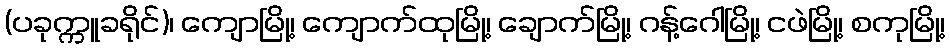
(ပခုက္ကူခရိုင်)၊ ကျောမြို့၊ ကျောက်ထုမြို့၊ ချောက်မြို့၊ ဂန့်ဂေါမြို့၊ ငဖဲမြို့၊ စကုမြို့၊